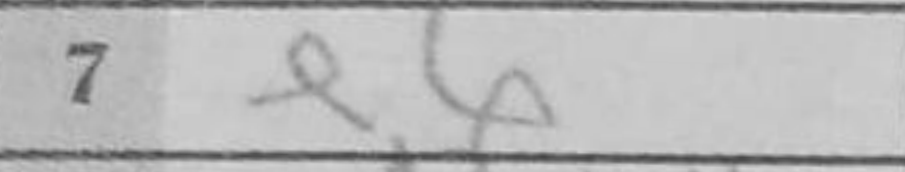
Transcription: e6